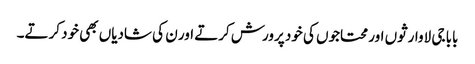
بابا جی لاوارثوں اور محتاجوں کی خود پرورش کرتے اور ن کی شادیاں بھی خود کرتے۔